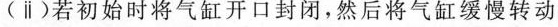
(ⅱ)若初始时将气缸开口封闭，然后将气缸缓慢转动